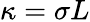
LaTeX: \kappa=\sigma L